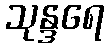
သုန္ဒရေ